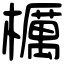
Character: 櫔